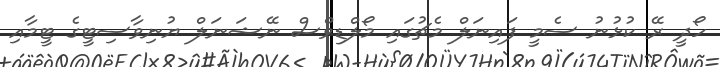
ހޯދީ ރޭ ކުޅުނު ސެމީ ފައިނަލް މެޗުގައި މޯލްޑިވްސް ނޭޝަނަލް ޔުނިވާސިޓީގެ ޓީމާއި